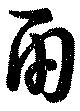
両